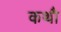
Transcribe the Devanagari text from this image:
कथौ